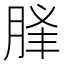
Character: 𦛥